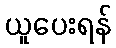
ယူပေးရန်